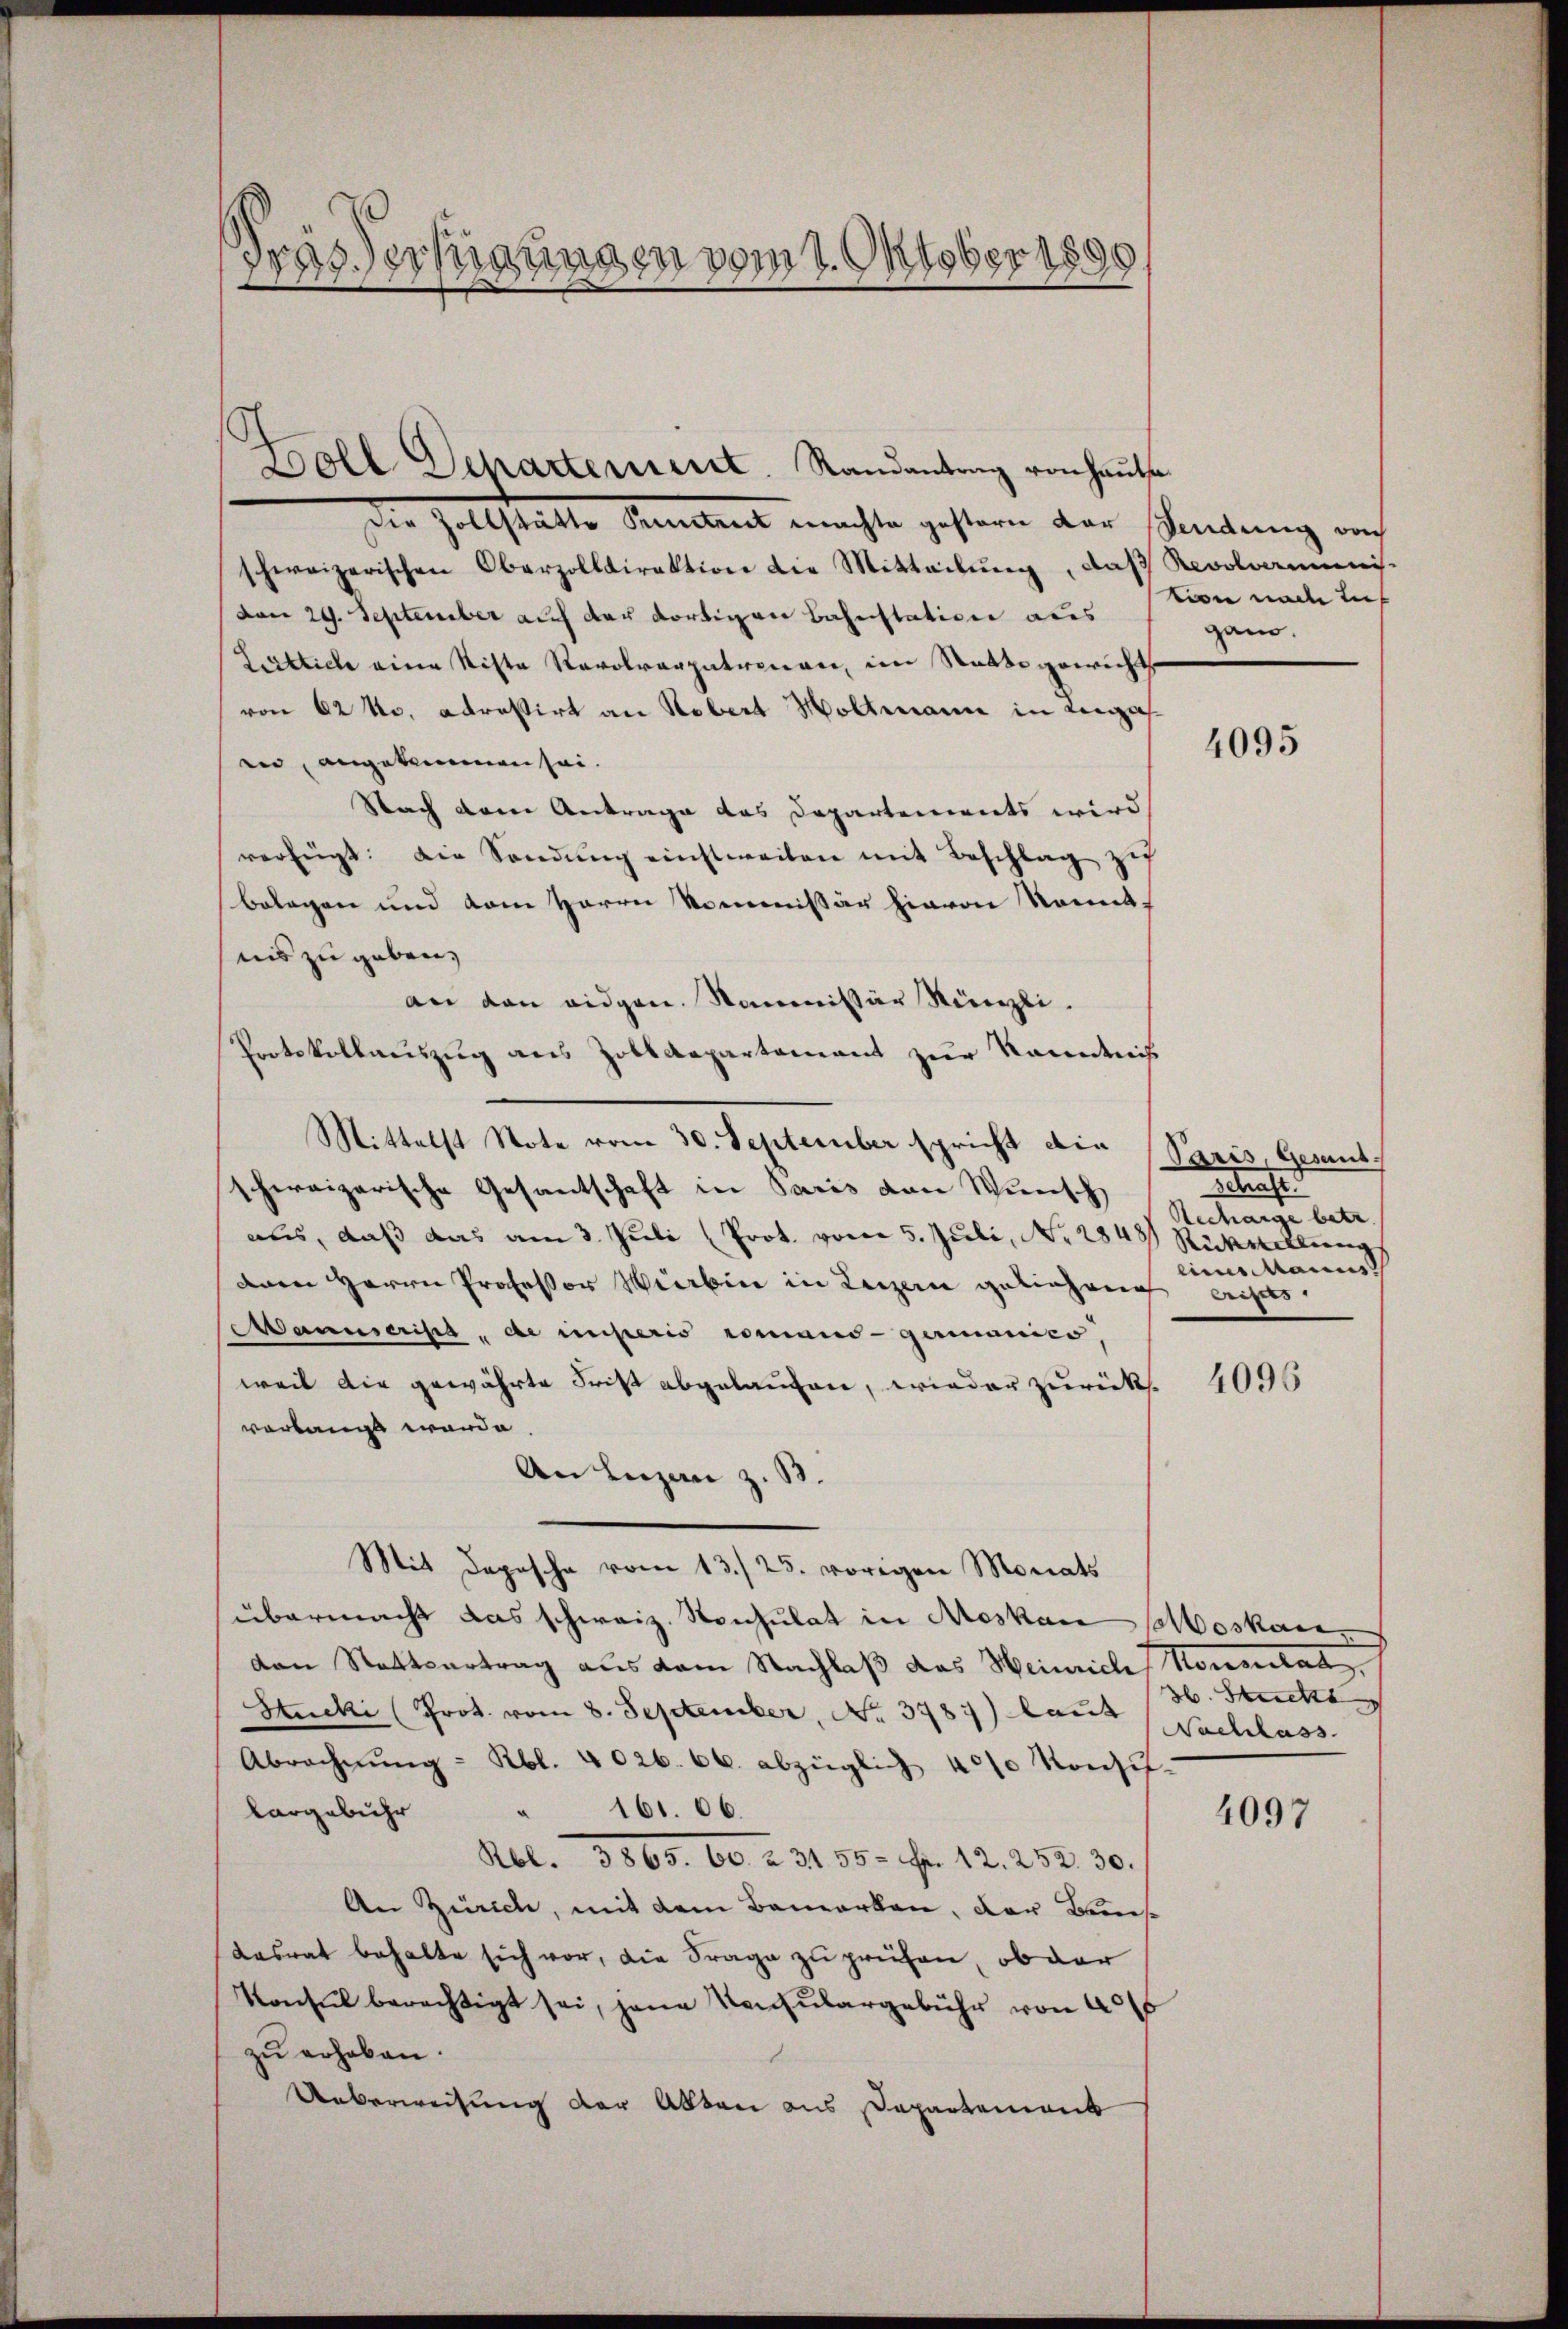
s
Grasserungen vom 1. Oktober 1891

Boll Departement. Randantrag von haute
Die Zollstätte Punctent machte gestern der Sendung von
schweizerischen Oberzolldirektion die Mitteilung, daß Revolverminis-
vom 29. September auf der dortigen Bahnstation aus
Lirttiche eine Sitte Revolverpatronen, im Statte gewicht
von 62 No. adreßirt an Robert Holtmann in Lengas
in, angekommen sei.
Nach dem Antrage das Departements wird
verfügt: Die Sandŭng einstweilen mit Beschlag zuf
belegen und vom Herrn Kommissär hievon Sonnt
nis zu geben,
an den eidgen. Kommissär Künzli.
Protokollauszug aus Zolldepartement zur Kenntniß
Mittelst Note vom 30. September spricht die Paris, Gesandschweizerische Gesantschaft in Paris von Wunsch
aus, daß das am 3. Juli (Prot. vom 5. Juli, No. 2848. Rückwellung
dnen Herrn Professor Würbice in Luzern geliehren eines
Manuscripta, de imperio romand - germanico.
weil die gewährte Frist abgelaufen, wieder zurück.
verlangt werde.
An Luzan z. B.
Mit Depesche vom 13./25. vorigen Monats
übermacht das schweiz. Konsulat in Moskau Moskauvan Stattsertrag aus dem Nachlaß das Heinrich Konsulat,
Stucki (Prot. vom 8. September, No. 3787) laus Nachlass
Abrechnŭng - Rbl. 4026. 66. abzüglich 4000 Konzif-
161. 66.
largebühr
Rbl. 3865. 60 u. 31. 55. Fr. 12. 252. 30.
An Zürich, mit dem Bemerken, der Bruns
Kasrat behalte sich vor, die Frage zu prüfen, ob dar
Konsul berechtigt sei, jene Konsulargebühr von 40
zu erhoben.
Ueberweisung der Akten aus Departement

tion nach in
gano.

4095

schaft.
Recharge betr.
eines Manus

4096

Z. Suetten

4097